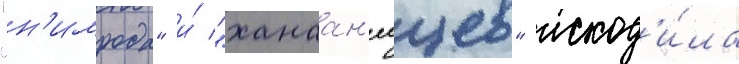
"н'имрода" и́ "ханаан'еицев" исход'и́ла